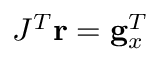
J ^ { T } \mathbf { r } = \mathbf { g } _ { x } ^ { T }